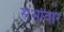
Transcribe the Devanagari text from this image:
सभोंवार